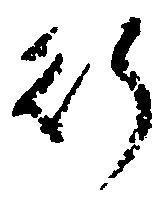
行